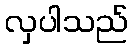
လှပါသည်